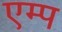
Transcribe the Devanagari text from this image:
एम्प